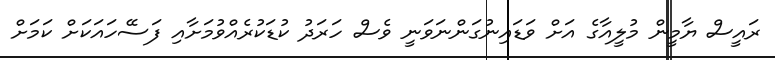
ރައީސް ޔާމީން މުލީއާގެ އަށް ވަޑައިނުގަންނަވަނީ ވެސް ހަރަދު ކުޑަކުރެއްވުމަށާއި ފަސޭހައަކަށް ކަމަށް